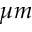
\mu m